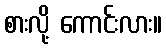
စားလို့ ကောင်းလား။